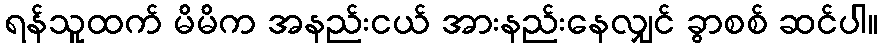
ရန်သူထက် မိမိက အနည်းငယ် အားနည်းနေလျှင် ခွာစစ် ဆင်ပါ။